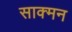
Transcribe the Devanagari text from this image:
साक्मन